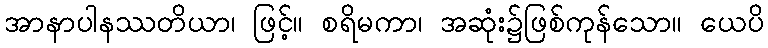
အာနာပါနဿတိယာ၊ ဖြင့်။ စရိမကာ၊ အဆုံး၌ဖြစ်ကုန်သော။ ယေပိ